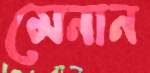
মেনান